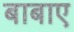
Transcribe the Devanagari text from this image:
बाबाए